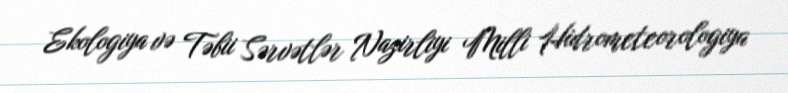
Ekologiya və Təbii Sərvətlər Nazirliyi Milli Hidrometeorologiya